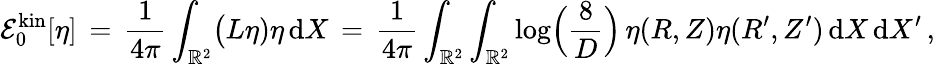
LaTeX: \mathcal{E}_{0}^{\mathrm{{kin}}}[\eta]\, =\, \frac{{1}}{{4\pi}}\int_{\mathbb{{R}}^{2}}\bigl(L\eta)\eta\, \mathrm{{d}}X\, =\, \frac{{1}}{{4\pi}}\int_{\mathbb{{R}}^{2}}\int_{\mathbb{{R}}^{2}}\log\Bigl(\frac{{8}}{{D}}\Bigr)\, \eta(R,Z)\eta(R^{\prime},Z^{\prime})\, \mathrm{{d}}X\, \mathrm{{d}}X^{\prime}\, ,